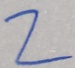
2